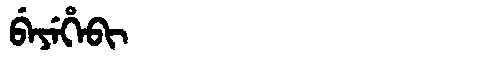
Manchu: ᠪᡝᠶᡝᡥᡝᠪᡳ
Romanization: BEYEHEBI